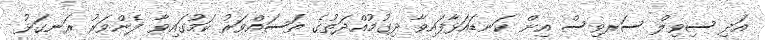
އަދި ސިވިލް ސަރވިސް އިން ކަނޑައަޅާފައިވާ ދިގުމުއްދަތުގެ ތަސައްވަރު ކަމުގައިވާ ފެންވަރު ރަނގަޅު